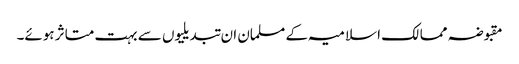
مقبوضہ ممالک اسلامیہ کے مسلمان ان تبدیلیوں سے بہت متاثر ہوئے۔